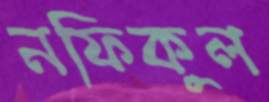
নফিকুল